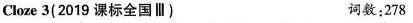
Cloze 3(2019 课标全国Ⅲ) 词数:278